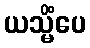
ယသ္မိံပေ